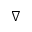
\nabla